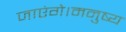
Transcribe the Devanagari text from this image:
जाएंगे।मनुष्य